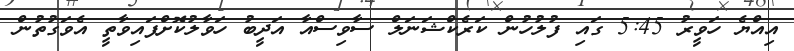
އިއްޔެ ހަވީރު 5:45 ގައި ފުލުހުން ކަރެކްޝަނަލް ސާވިސްއާ އަދީބު ހަވާލުކޮށްފައިވާތީ އެވަގުތުން